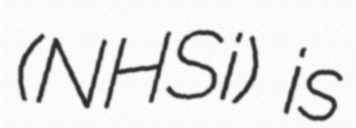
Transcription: (NHSi) is